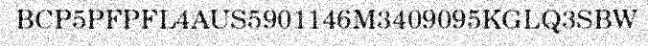
BCP5PFPFL4AUS5901146M3409095KGLQ3SBW